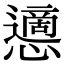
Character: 𢤊